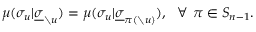
\mu ( \sigma _ { u } | \underline { { \sigma } } _ { \setminus u } ) = \mu ( \sigma _ { u } | \underline { { \sigma } } _ { \pi ( \setminus u ) } ) , ~ ~ \forall ~ \pi \in S _ { n - 1 } .